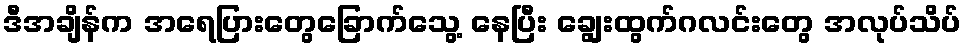
ဒီအချိန်က အရေပြားတွေခြောက်သွေ့ နေပြီး ချွေးထွက်ဂလင်းတွေ အလုပ်သိပ်